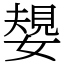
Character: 嫢